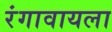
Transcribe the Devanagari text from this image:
रंगावायला